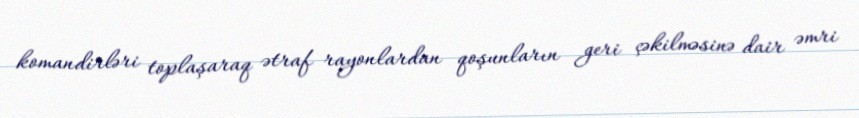
komandirləri toplaşaraq ətraf rayonlardan qoşunların geri çəkilməsinə dair əmri